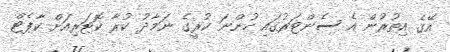
އޭގެ އިތުރުން އެ ސެންޓަރުގައި ހުންނަ ކުރީގެ ނަމާދު ކުރާ ކޮޓަރިއަށް ކާޕެޓް